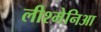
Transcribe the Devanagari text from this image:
लीश्मेनिआ